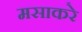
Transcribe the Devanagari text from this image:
मसाकरे